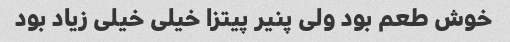
خوش طعم بود ولی پنیر پیتزا خیلی خیلی زیاد بود